Civil Veterinary Department. Madras. Admin. report 1910-25 - 1910-1925
Year: 1910
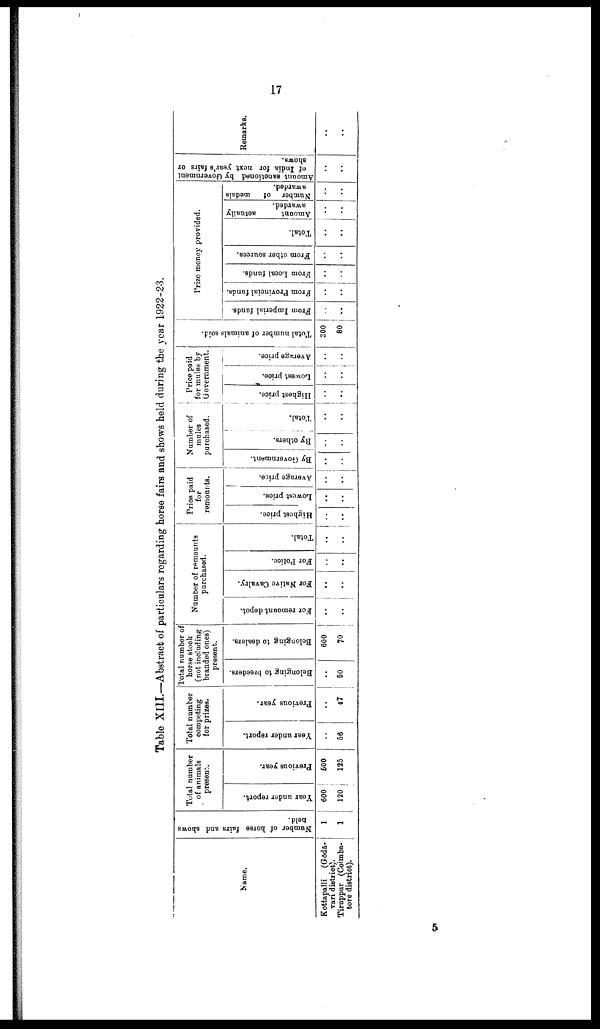
17
Table XIII.—Abstract of particulars regarding horse fairs and shows held during the year 1922-23.
Name.
Kottapalli
(Gōdā-
vari district).
Tiruppur (Coimba-
tore district).
Number of horse fairs and shows
held.
1
1
Total number
of animals
present.
Year under report.
600
120
Previous year.
500
125
Total number
competing
for prizes.
Year under report.
..
56
Previous year.
..
47
Total number of
horse stock
(not including
branded ones)
present.
Belonging to breeders.
..
60
Belonging to dealers.
600
70
Number of remounts
purchased.
For remount depot.
..
..
For Native Cavalry.
..
..
For Police.
..
..
Total.
..
..
Price paid
for
remounts.
Highest price.
..
..
Lowest price.
..
..
Average price.
..
..
..
Number of
mules
purchased.
By Government.
..
..
By others.
..
..
Total.
..
..
Price paid
for mules by
Government.
Highest price.
..
..
Lowest price.
..
..
Average price.
..
..
Total number of animals sold.
300
80
Prize money provided.
From Imperial funds.
..
..
From Provincial funds.
..
..
From Local funds.
..
..
From other sources.
..
..
Total.
..
..
Amount
ac]tually
awarded.
..
..
Number of medals
awarded.
..
..
Amount sanctioned by Government
of India for next year's fairs or
shows.
..
..
Remarks.
..
..
5